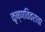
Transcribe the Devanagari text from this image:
कृष्णविवराचा